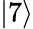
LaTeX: \lvert 7\rangle